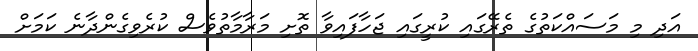
އަދި މި މަސައްކަތުގެ ތެރޭގައި ކުރީގައި ޖަހާފައިވާ ތޮށި މަރާމާތުވެސް ކުރެވިގެންދާނެ ކަމަށް